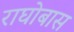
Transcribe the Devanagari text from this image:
राघोबास